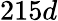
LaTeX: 215d